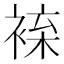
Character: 𧚦